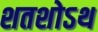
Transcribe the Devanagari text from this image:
शतशोऽथ